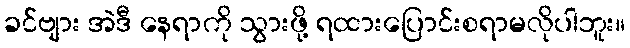
ခင်ဗျား အဲဒီ နေရာကို သွားဖို့ ရထားပြောင်းစရာမလိုပါဘူး။